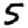
Digit: 5